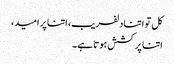
کل تو اتنا دلفریب، اتنا پر امید،
اتنا پر کشش ہوتا ہے۔